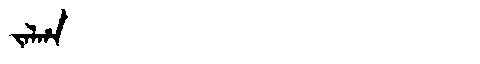
Manchu: ᠵᠠᠯᡥᠠ
Romanization: JALHA